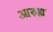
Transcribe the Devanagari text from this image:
आरुह्य